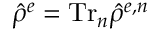
\hat { \rho } ^ { e } = \mathrm { T r } _ { n } \hat { \rho } ^ { e , n }